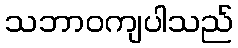
သဘာဝကျပါသည်